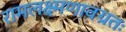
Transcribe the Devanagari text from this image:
रामलक्ष्मणावग्रतः